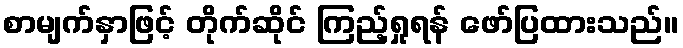
စာမျက်နှာဖြင့် တိုက်ဆိုင် ကြည့်ရှုရန် ဖော်ပြထားသည်။